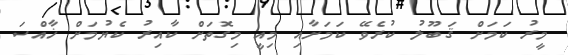
މީރު ކަމަށް ޤަބޫލު ކުރެވޭ ކަމަށާއި މިއީ މިގޮތަށް ކާއިރު ކެޔުމަށް ޚާއްސަ